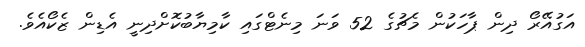
އަގުއޭރޯ ދިން ޕާހަކުން މެޗުގެ 52 ވަނަ މިނެޓްގައި ކާމިޔާބުކޮށްދިނީ އެޑިން ޒެކޯއެވެ.